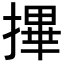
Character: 𢳂